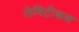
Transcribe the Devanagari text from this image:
लेविटीकस